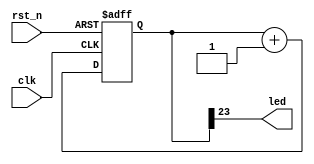
module LED(
    input clk,
    input rst_n,
    output wire led
);
    reg [23:0] cnt;
    always @ (posedge clk or negedge rst_n) begin
        if(~rst_n) cnt<='b0;
        else cnt<=cnt+1'b1;
    end
    assign led = cnt[23];
endmodule